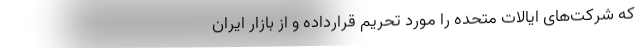
که شرکت‌های ایالات متحده را مورد تحریم قرارداده‌ و از بازار ایران